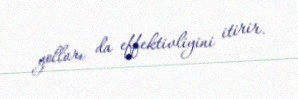
yolları da effektivliyini itirir.